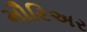
મૌરિઅર